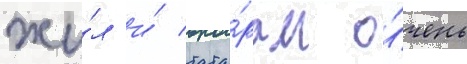
жи́л и́ тата́рам о́чень